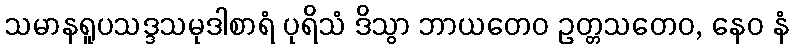
သမာနရူပသဒ္ဒသမုဒါစာရံ ပုရိသံ ဒိသွာ ဘာယတေဝ ဥတ္တသတေဝ, နေဝ နံ